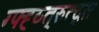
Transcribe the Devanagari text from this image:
ग्फ्ह्य्त्रुत्द्स